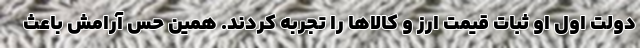
دولت اول او ثبات قیمت ارز و کالاها را تجربه کردند. همین حس آرامش باعث